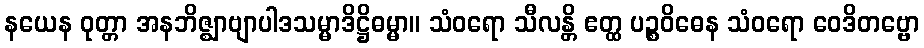
နယေန ဝုတ္တာ အနဘိဇ္ဈာဗျာပါဒသမ္မာဒိဋ္ဌိဓမ္မာ။ သံဝရော သီလန္တိ ဧတ္ထ ပဉ္စဝိဓေန သံဝရော ဝေဒိတဗ္ဗော